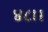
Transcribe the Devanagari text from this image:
४८।।